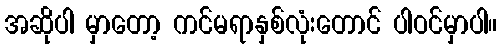
အဆိုပါ မှာတော့ ကင်မရာနှစ်လုံးတောင် ပါဝင်မှာပါ။